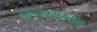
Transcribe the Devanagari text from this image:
गुणाभ्यस्तान्